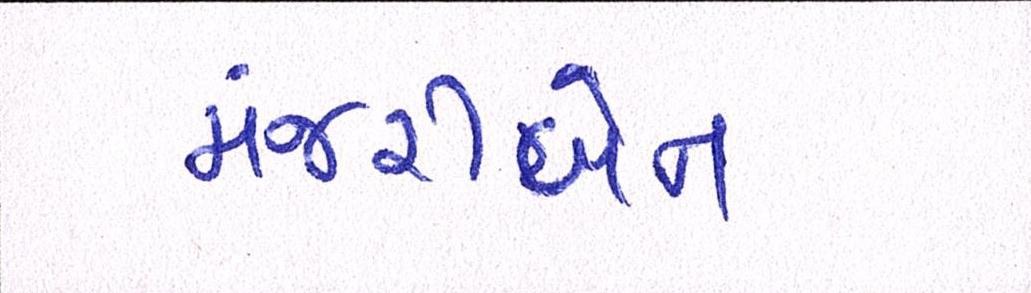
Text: મંજરીબેન